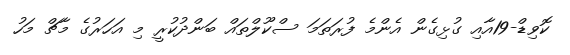
ކޮވިޑް-19އާއި ގުޅިގެން އެންމެ ފުރަތަމަ ސްކޫލްތައް ބަންދުކުރީ މި އަހަރުގެ މާޗް މަހު